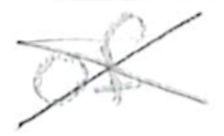
Text: of
Cross-out: cross
Writing tool: pencil